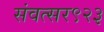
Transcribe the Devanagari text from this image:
संवत्सर९२३